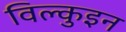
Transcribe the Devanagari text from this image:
विल्कुइन